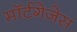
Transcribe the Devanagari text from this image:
मॉर्टगेजेस